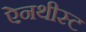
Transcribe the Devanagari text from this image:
ऐनथीस्ट